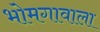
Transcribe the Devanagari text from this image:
भोमगावाला